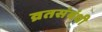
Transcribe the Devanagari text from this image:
व्रतसंबंधी